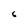
Character: 6